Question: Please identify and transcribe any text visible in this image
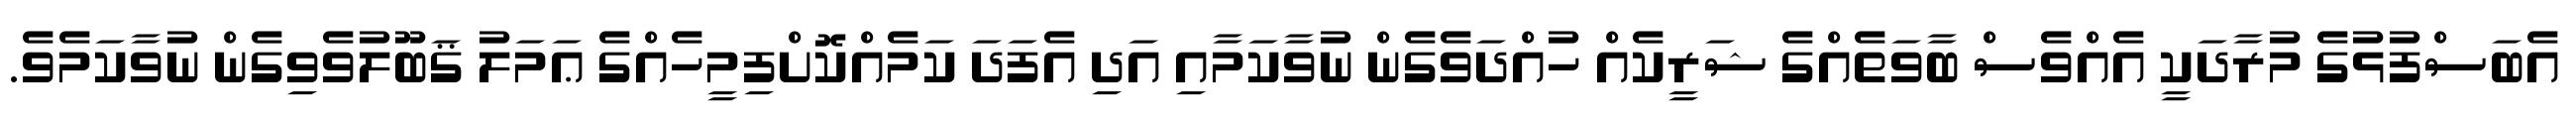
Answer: އެބަސްފުޅުގެ މުރާދަކީ އެއްވެސް ބާވަތެއްގެ ޝަރީކެއް ހުއްދަވެގެން ނުވާކަމާއި އަދި އެފަދަ ކަމެއްކޮށްފިމީހެއްގެ ޢަމަލު ޤަބޫލުވެވިގެން ނުވާކަމެވެ.